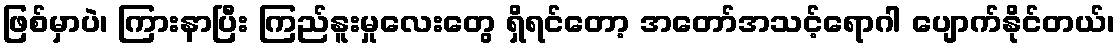
ဖြစ်မှာပဲ၊ ကြားနာပြီး ကြည်နူးမှုလေးတွေ ရှိရင်တော့ အတော်အသင့်ရောဂါ ပျောက်နိုင်တယ်၊